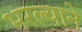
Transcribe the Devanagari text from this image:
भरल्याने